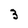
Character: 3